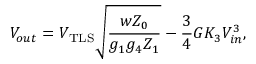
V _ { o u t } = V _ { \mathrm { T L S } } \sqrt { \frac { w Z _ { 0 } } { g _ { 1 } g _ { 4 } Z _ { 1 } } } - \frac { 3 } { 4 } G K _ { 3 } V _ { i n } ^ { 3 } ,